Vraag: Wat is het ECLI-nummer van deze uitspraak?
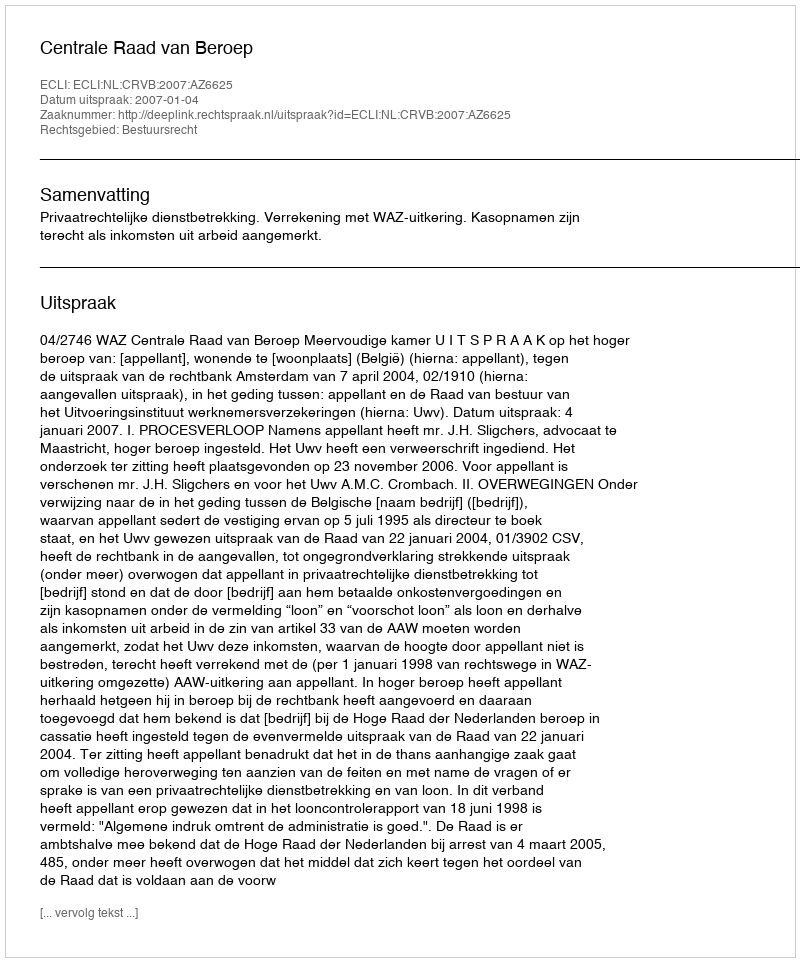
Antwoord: ECLI:NL:CRVB:2007:AZ6625